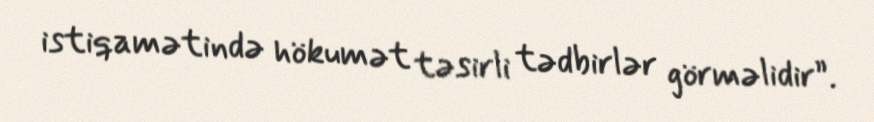
istiqamətində hökumət təsirli tədbirlər görməlidir”.